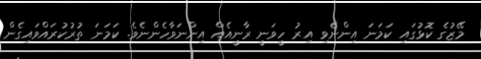
މޭޒުގެ ކޮޅުގައި ކަމަނަ އިންނެވި އިރު ހީވަނީ ރާނީއެއް އިންނަވާހެންނެވެ. ކަމަނަ ތުރުކުރައްވައިގެން